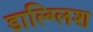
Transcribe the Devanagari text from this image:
डाल्ग्लिश